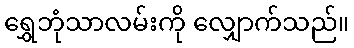
ရွှေဘုံသာလမ်းကို လျှောက်သည်။